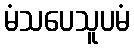
မံသပေသူပမံ